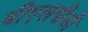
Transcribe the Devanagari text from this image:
बीएलपीडी